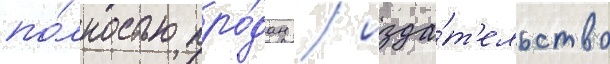
по́лностью про́дан / изда́т'ельство